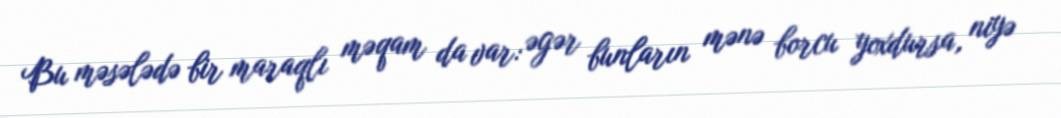
Bu məsələdə bir maraqlı məqam da var: əgər bunların mənə borcu yoxdursa, niyə